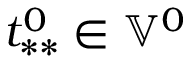
t _ { * * } ^ { 0 } \in \mathbb { V } ^ { 0 }